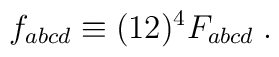
f_{abcd}\equiv (12)^4 F_{abcd}\;.